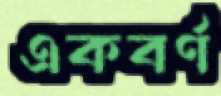
একবর্ণ